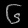
Digit: ၆